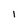
Character: I